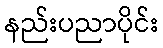
နည်းပညာပိုင်း